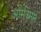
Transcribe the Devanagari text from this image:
ओरेक्सिस